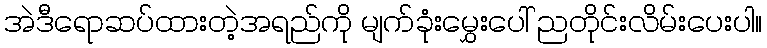
အဲဒီရောဆပ်ထားတဲ့အရည်ကို မျက်ခုံးမွှေးပေါ် ညတိုင်းလိမ်းပေးပါ။